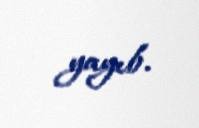
yayıb.